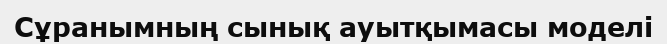
Сұранымның сынық ауытқымасы моделі